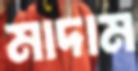
মাদাম